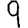
Digit: 9